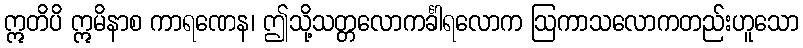
ဣတိပိ ဣမိနာစ ကာရဏေန၊ ဤသို့သတ္တလောကင်္ခါရလောက ဩကာသလောကတည်းဟူသော